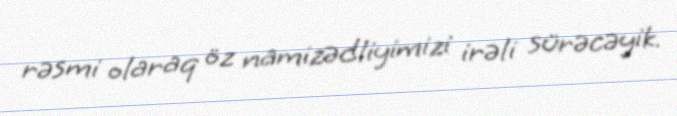
rəsmi olaraq öz namizədliyimizi irəli sürəcəyik.